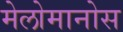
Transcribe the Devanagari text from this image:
मेलोमानोस